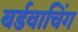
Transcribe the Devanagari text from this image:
बर्डवाचिंग